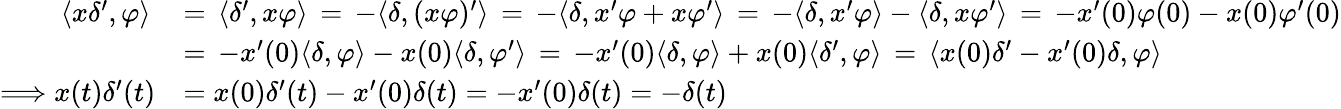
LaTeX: {\begin{array}{rl}{\langle x\delta^{\prime},\varphi\rangle\, }&{=\, \langle\delta^{\prime},x\varphi\rangle\, =\, -\langle\delta,(x\varphi)^{\prime}\rangle\, =\, -\langle\delta,x^{\prime}\varphi+x\varphi^{\prime}\rangle\, =\, -\langle\delta,x^{\prime}\varphi\rangle-\langle\delta,x\varphi^{\prime}\rangle\, =\, -x^{\prime}(0)\varphi(0)-x(0)\varphi^{\prime}(0)}\\ &{=\, -x^{\prime}(0)\langle\delta,\varphi\rangle-x(0)\langle\delta,\varphi^{\prime}\rangle\, =\, -x^{\prime}(0)\langle\delta,\varphi\rangle+x(0)\langle\delta^{\prime},\varphi\rangle\, =\, \langle x(0)\delta^{\prime}-x^{\prime}(0)\delta,\varphi\rangle}\\ {\Longrightarrow x(t)\delta^{\prime}(t)}&{=x(0)\delta^{\prime}(t)-x^{\prime}(0)\delta(t)=-x^{\prime}(0)\delta(t)=-\delta(t)}\end{array}}